Lunatic asylums in Bengal annual reports 1899-1911 - 1899-1911
Year: 1899
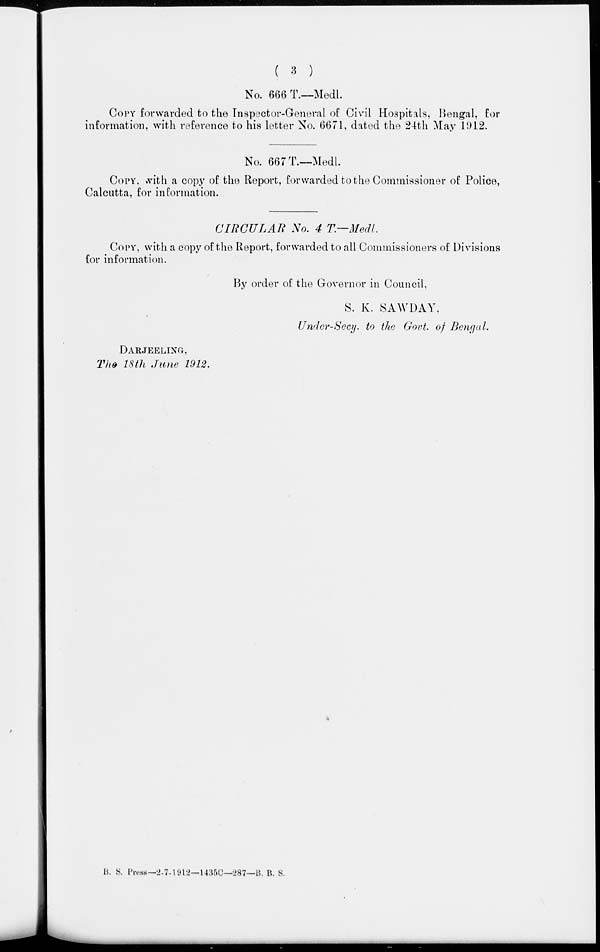
( 3 )
No. 666 T.—Medl.
COPY forwarded to the Inspector-General of Civil Hospitals, Bengal, for
information, with reference to his letter No. 6671, dated the 24th May 1912.
No. 667 T.—Medl.
COPY, with a copy of the Report, forwarded to the Commissioner of Police,
Calcutta, for information.
CIRCULAR
No. 4 T.—Medl.
COPY, with a copy of the Report, forwarded to all Commissioners of Divisions
for information.
By order of the Governor in Council,
S. K. SAWDAY,
Under-Secy. to the Govt of Bengal.
DARJEELING,
The 18th June 1912.